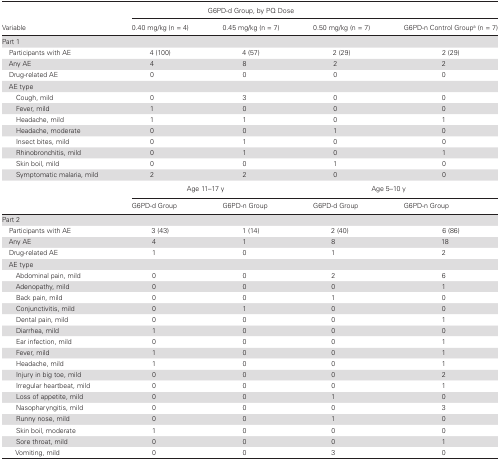
<table><thead><tr><td rowspan="2"><b>Variable</b></td><td colspan="3"><b>G6PD-d Group, by PQ Dose</b></td><td></td></tr><tr><td><b>0.40 mg/kg (n = 4)</b></td><td><b>0.45 mg/kg (n = 7)</b></td><td><b>0.50 mg/kg (n = 7)</b></td><td><b>G6PD-n Control Group<sup>a</sup> (n = 7)</b></td></tr></thead><tbody><tr><td>Part 1</td><td></td><td></td><td></td><td></td></tr><tr><td> Participants with AE</td><td>4 (100)</td><td>4 (57)</td><td>2 (29)</td><td>2 (29)</td></tr><tr><td> Any AE</td><td>4</td><td>8</td><td>2</td><td>2</td></tr><tr><td> Drug-related AE</td><td>0</td><td>0</td><td>0</td><td>0</td></tr><tr><td> AE type</td><td></td><td></td><td></td><td></td></tr><tr><td>Cough, mild</td><td>0</td><td>3</td><td>0</td><td>0</td></tr><tr><td>Fever, mild</td><td>1</td><td>0</td><td>0</td><td>0</td></tr><tr><td>Headache, mild</td><td>1</td><td>1</td><td>0</td><td>1</td></tr><tr><td>Headache, moderate</td><td>0</td><td>0</td><td>1</td><td>0</td></tr><tr><td>Insect bites, mild</td><td>0</td><td>1</td><td>0</td><td>0</td></tr><tr><td>Rhinobronchitis, mild</td><td>0</td><td>1</td><td>0</td><td>1</td></tr><tr><td>Skin boil, mild</td><td>0</td><td>0</td><td>1</td><td>0</td></tr><tr><td>Symptomatic malaria, mild</td><td>2</td><td>2</td><td>0</td><td>0</td></tr><tr><td></td><td colspan="2">Age 11–17 y</td><td colspan="2">Age 5–10 y</td></tr><tr><td></td><td>G6PD-d Group</td><td>G6PD-n Group</td><td>G6PD-d Group</td><td>G6PD-n Group</td></tr><tr><td>Part 2</td><td></td><td></td><td></td><td></td></tr><tr><td> Participants with AE</td><td>3 (43)</td><td>1 (14)</td><td>2 (40)</td><td>6 (86)</td></tr><tr><td> Any AE</td><td>4</td><td>1</td><td>8</td><td>18</td></tr><tr><td> Drug-related AE</td><td>1</td><td>0</td><td>1</td><td>2</td></tr><tr><td> AE type</td><td></td><td></td><td></td><td></td></tr><tr><td>Abdominal pain, mild</td><td>0</td><td>0</td><td>2</td><td>6</td></tr><tr><td>Adenopathy, mild</td><td>0</td><td>0</td><td>0</td><td>1</td></tr><tr><td>Back pain, mild</td><td>0</td><td>0</td><td>1</td><td>0</td></tr><tr><td>Conjunctivitis, mild</td><td>0</td><td>1</td><td>0</td><td>0</td></tr><tr><td>Dental pain, mild</td><td>0</td><td>0</td><td>0</td><td>1</td></tr><tr><td>Diarrhea, mild</td><td>1</td><td>0</td><td>0</td><td>0</td></tr><tr><td>Ear infection, mild</td><td>0</td><td>0</td><td>0</td><td>1</td></tr><tr><td>Fever, mild</td><td>1</td><td>0</td><td>0</td><td>1</td></tr><tr><td>Headache, mild</td><td>1</td><td>0</td><td>0</td><td>1</td></tr><tr><td>Injury in big toe, mild</td><td>0</td><td>0</td><td>0</td><td>2</td></tr><tr><td>Irregular heartbeat, mild</td><td>0</td><td>0</td><td>0</td><td>1</td></tr><tr><td>Loss of appetite, mild</td><td>0</td><td>0</td><td>1</td><td>0</td></tr><tr><td>Nasopharyngitis, mild</td><td>0</td><td>0</td><td>0</td><td>3</td></tr><tr><td>Runny nose, mild</td><td>0</td><td>0</td><td>1</td><td>0</td></tr><tr><td>Skin boil, moderate</td><td>1</td><td>0</td><td>0</td><td>0</td></tr><tr><td>Sore throat, mild</td><td>0</td><td>0</td><td>0</td><td>1</td></tr><tr><td>Vomiting, mild</td><td>0</td><td>0</td><td>3</td><td>0</td></tr></tbody></table>